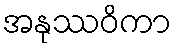
အနုဿဝိကာ